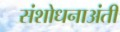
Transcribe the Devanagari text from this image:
संशोधनाअंती